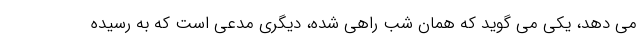
می دهد، یکی می گوید که همان شب راهی شده، دیگری مدعی است که به رسیده